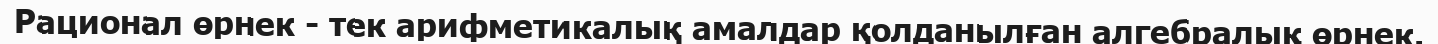
Рационал өрнек - тек арифметикалық амалдар қолданылған алгебралық өрнек.